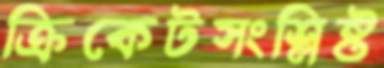
ক্রিকেটসংশ্লিষ্ট